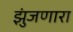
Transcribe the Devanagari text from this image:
झुंजणारा